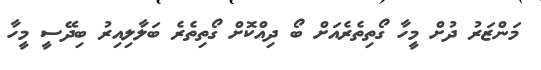
މަންޒަރު ދުށް މީހާ ގޯތިތެރެއަށް ބޯ ދިއްކޮށް ގޯތިތެރެ ބަލާލިއިރު ބިދޭސީ މީހާ